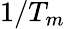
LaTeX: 1/T_{m}